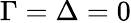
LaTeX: \Gamma=\Delta=0